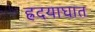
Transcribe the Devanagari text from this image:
ह्रदयाघात